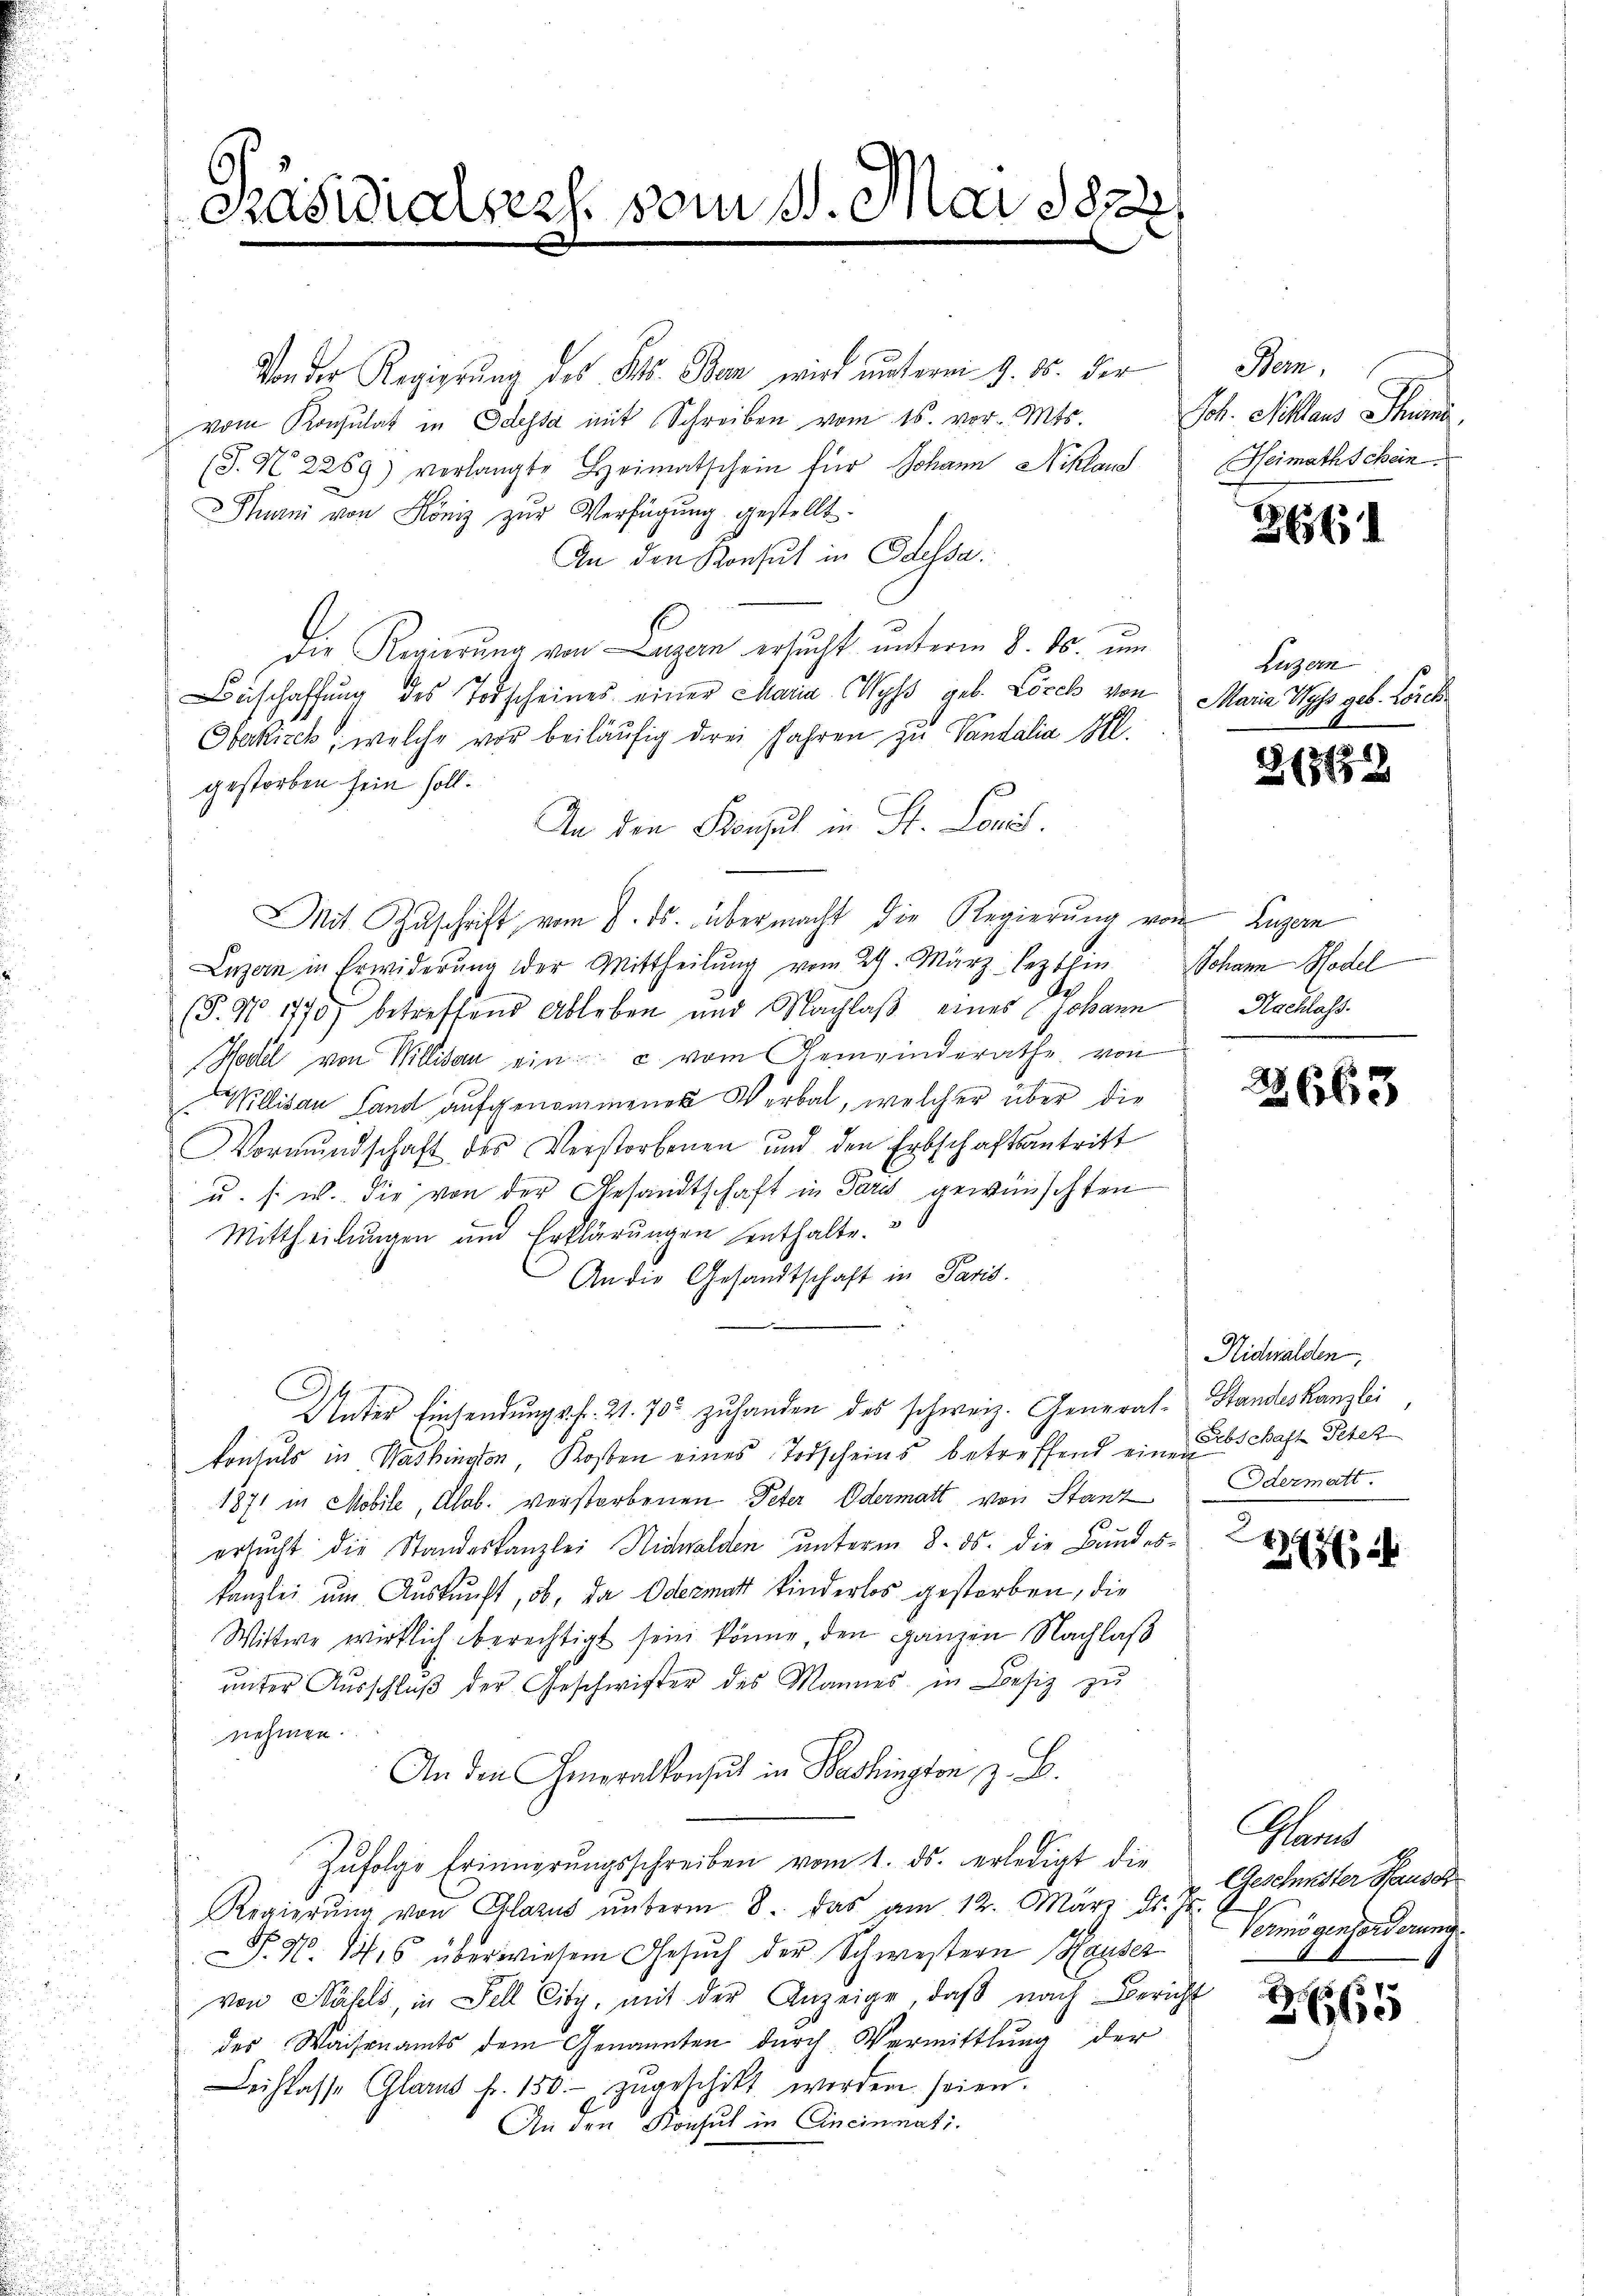
Präsidialges. vom 1. Mai 1822

Von der Regierung des Kts. Bern wird unterm 9. ds. der
vom Konsulat in Odessa mit Schreiben vom 15. vor. Mts.
(S. No 2269) verlangte Heimatschein für Johann Nikland
Thurni von Köniz zur Verfügung gestellt.
An den Konsul in Odessa
s
Die Regierung von Luzern ersucht unterm 8. ds. um
Beschaffŭng des Todscheines einer Maria Wyss geb. Lösch von Maria Wyss geb. Lorch¬
Oberkirch, welche vor beiläufig drei Jahren zu Vandalia Al.
gestorben sein soll.
An den Konsul in St. Louis
Mit Zuschrift vom 8. ds. übermacht die Regierung von Luzern
Luzern in Erwiderŭng der Mittheilŭng vom 29. März lezthin Johann Hodel
.
6
(§. No 1770) betreffend Ableben und Nachlaß eines Johann
Hodel von Willisau ein: c. vom Gemeinderathe von
Willisau Land aufgenommenes Verbal, welcher über die
Vormŭndschaft des Verstorbenen und den Erbschaftsantritt
u. s. w. die von der Gesandtschaft in Pars gewünschten
Mittheilungen und Erklärungen enthalte.
An die Gesandtschaft in Paris.
Inter Einsendungsfr. 21. 702 zuhanden des schweiz. General-Standeskanzlei
konsuls in Washington, Kosten eines Todscheins betreffend eine Erbschaft Peter
1871 in Mobile, Alob. verstorbenen Peter Odermatt von Stanz
ersucht die Standeskanzlei Nidwalden unterm 8. ds. die Bundeskanzlei um Auskunft, ob, da Odermatt kinderlos gestorben, die
Wittwe wirklich berechtigt sein könne, den ganzen Nachlaß
ŭnter Aŭsschlŭβ der Geschwister des Mannes in Besiz zu
nehmen.
An den Generalkonsul in Washington z. B.
Zŭfolge Erinnerŭngsschreiben vom 1. ds. erledigt die
Regierŭng von Glarus ŭnterm 8. das am 12. März d. Js.
P. N. 1416 überwiesem Gesuch der Schwestern Hauses
von Näfels, in Fell City, mit der Anzeige, daß nach Bericht
des Waisenamts dem Genannten durch Vermittlung der
Leihkasse Glarus fr. 150.- zŭgeschikt werden seien.
An den Konsul in Cincinnati

Stein,
Joh. Mollaus Thuni
Heimathschein

2

Luzern

3/3176

Hochass.

2663

Richwalden,
Odermatt.

1776

Mand
Geschnitter Hausch
Vermögenforderung.

12
x
2660